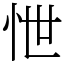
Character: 怈